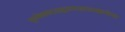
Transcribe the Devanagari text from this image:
पुरमेकादशद्वारमजस्यावक्रचेतसः